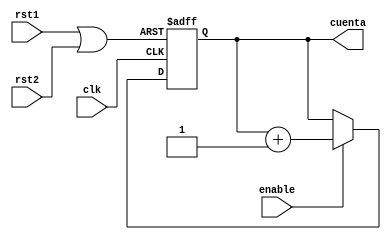
`timescale 1ns / 1ps
//////////////////////////////////////////////////////////////////////////////////

//
//////////////////////////////////////////////////////////////////////////////////
module Up_Counte_12bitsNegEdge(
    input clk,
    input rst1,
	 input rst2,
    output reg [9:0] cuenta,
    input enable
    );

wire rst;
or (rst, rst1, rst2);
always @(negedge clk, posedge rst)
	if(rst)
	cuenta<=10'b0;
	else if(enable)
			cuenta<=cuenta+10'd1;
		else	
			cuenta<=cuenta;

endmodule